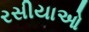
રસીયાઓ